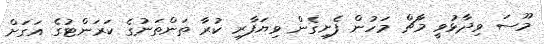
މޫސަ ވިދާޅުވީ މާޗް މަހުން ފެށިގެން ވިޔަފާރި ކުރާ ތަންތަނުގެ ކަރަންޓުގެ އަގަށް